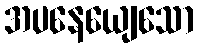
အပနေယျေသော